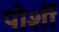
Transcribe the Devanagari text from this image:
पोर्शी